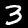
Label: 3